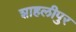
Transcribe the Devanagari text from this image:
शाहलीपुर